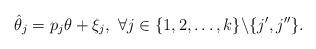
LaTeX: \begin{align*}\hat{\theta}_{j}=p_{j}\theta+\xi_{j},\ \forall j\in\{1,2,\dots,k\}\backslash\{j',j''\}.\end{align*}